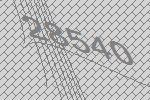
28540